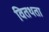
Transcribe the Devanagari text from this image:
वितथता